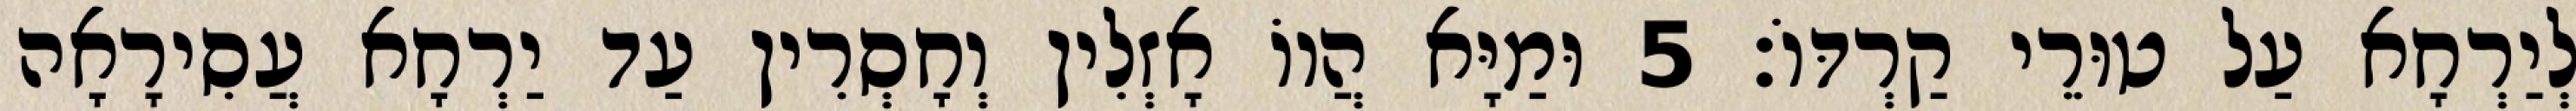
לְיַרְחָא עַל טוּרֵי קַרְדּוֹ׃ 5 וּמַיָּא הֲווֹ אָזְלִין וְחָסְרִין עַד יַרְחָא עֲסִירָאָה